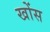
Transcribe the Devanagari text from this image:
खोंस